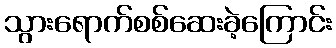
သွားရောက်စစ်ဆေးခဲ့ကြောင်း